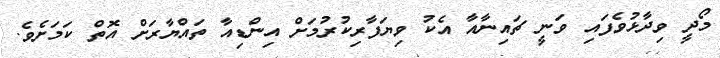
މޯދީ ވިދާޅުވެފައި ވަނީ ޗައިނާއާ އެކު ވިޔަފާރިކުރުމަށް އިންޑިއާ ތައްޔާރަށް އޮތް ކަމަށެވެ.